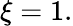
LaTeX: \xi=1.